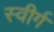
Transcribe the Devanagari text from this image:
स्वीर्ग